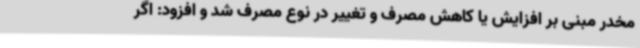
مخدر مبنی بر افزایش یا کاهش مصرف و تغییر در نوع مصرف شد و افزود: اگر